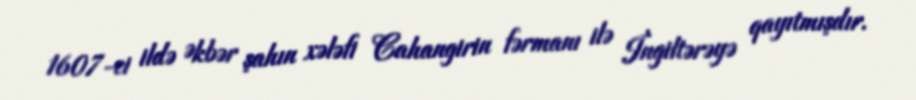
1607-ci ildə Əkbər şahın xələfi Cahangirin fərmanı ilə İngiltərəyə qayıtmışdır.